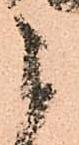
被